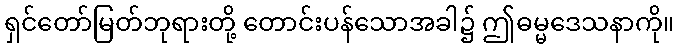
ရှင်တော်မြတ်ဘုရားတို့ တောင်းပန်သောအခါ၌ ဤဓမ္မဒေသနာကို။